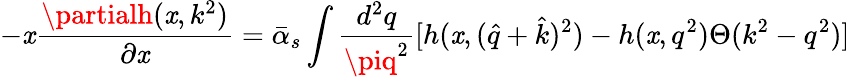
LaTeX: -\mathit{x}{\frac{{\partialh(\mathit{x},k^{2})}}{{\partial\mathit{x}}}}=\bar{{\alpha}}_{s}\int{\frac{{d^{2}q}}{{\piq^{2}}}}[h(\mathit{x},(\hat{{q}}+\hat{{k}})^{2})-h(\mathit{x},q^{2})\Theta(k^{2}-q^{2})]